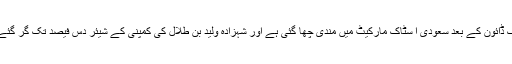
کریک ڈائون کے بعد سعودی ا سٹاک مارکیٹ میں مندی چھا گئی ہے اور شہزادہ ولید بن طلال کی کمپنی کے شیئر دس فیصد تک گر گئے ہیں۔